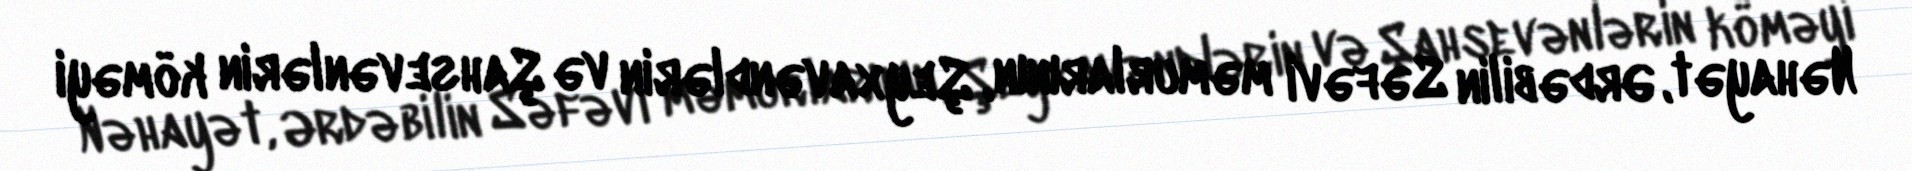
Nəhayət, Ərdəbilin Səfəvi məmurlarının, Şeyxavəndlərin və Şahsevənlərin köməyi